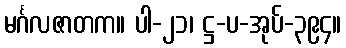
မင်္ဂလဇာတက။ ပါ-၂၁၊ ဋ္ဌ-ပ-အုပ်-၃၉၄။